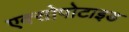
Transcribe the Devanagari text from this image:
एक्सोपोटाइड